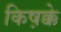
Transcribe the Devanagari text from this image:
किष़क्के